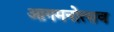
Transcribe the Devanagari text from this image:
आगमनोत्सव